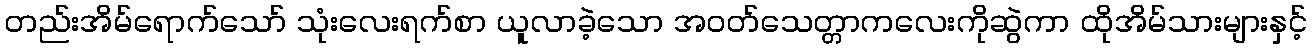
တည်းအိမ်ရောက်သော် သုံးလေးရက်စာ ယူလာခဲ့သော အဝတ်သေတ္တာကလေးကိုဆွဲကာ ထိုအိမ်သားများနှင့်